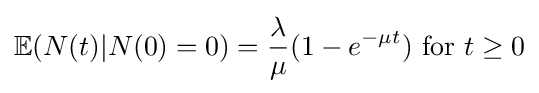
\mathbb {E} (N(t)|N(0)=0)={\frac {\lambda }{\mu }}(1-e^{-\mu t}){\text{ for }}t\geq 0